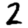
Digit: 2